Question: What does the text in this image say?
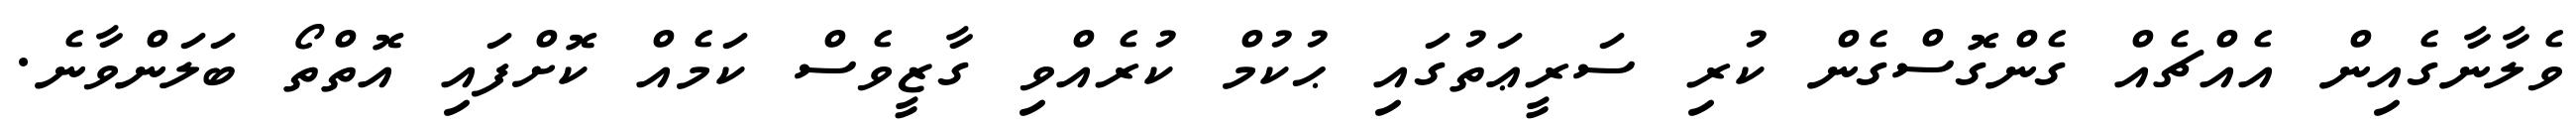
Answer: ވެލާނާގެއިން އެއްޗެއް ގެންގޮސްގެން ކުރި ސަރީޢަތުގައި ޙުކުމް ކުރެއްވި ގާޒީވެސް ކަމެއް ކޮށްފައި އޮތްތޯ ބަލަންވާނެ.